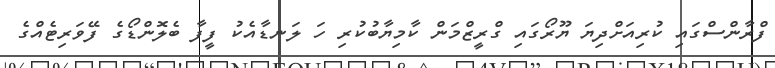
ފްރާންސްގައި ކުރިއަށްދިޔަ ޔޫރޯގައި ގްރީޒްމަން ކާމިޔާބުކުރި ހަ ލަނޑާއެކު ފީފާ ބެލޮންޑޯގެ ފޭވަރިޓެއްގެ